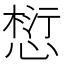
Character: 𪬓